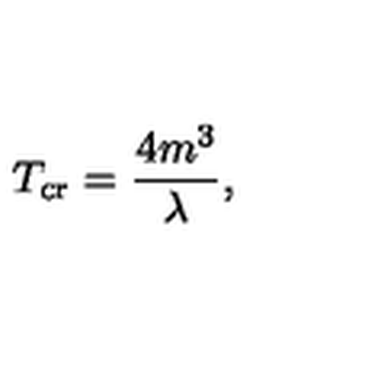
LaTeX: T _ { \mathrm { c r } } = \frac { 4 m ^ { 3 } } { \lambda } ,